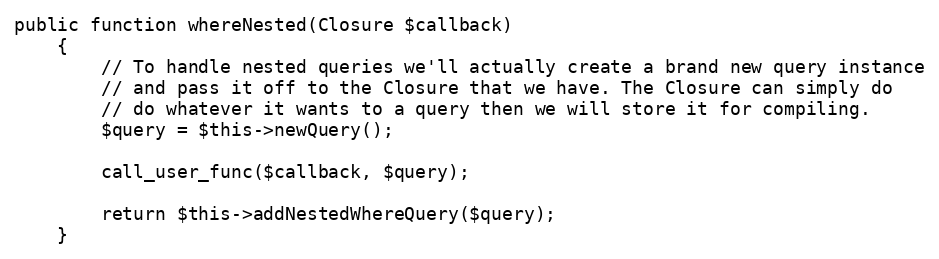
Language: PHP
public function whereNested(Closure $callback)
    {
        // To handle nested queries we'll actually create a brand new query instance
        // and pass it off to the Closure that we have. The Closure can simply do
        // do whatever it wants to a query then we will store it for compiling.
        $query = $this->newQuery();

        call_user_func($callback, $query);

        return $this->addNestedWhereQuery($query);
    }